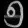
Digit: ၅